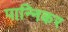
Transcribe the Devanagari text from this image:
पान्निकर